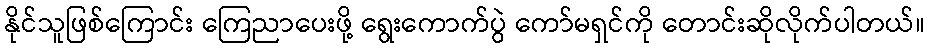
နိုင်သူဖြစ်ကြောင်း ကြေညာပေးဖို့ ရွေးကောက်ပွဲ ကော်မရှင်ကို တောင်းဆိုလိုက်ပါတယ်။